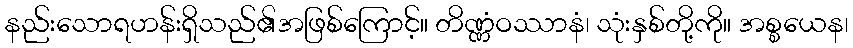
နည်းသောရဟန်းရှိသည်၏အဖြစ်ကြောင့်။ တိဏ္ဏံဝဿာနံ၊ သုံးနှစ်တို့ကို။ အစ္စယေန၊